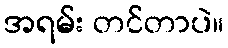
အရမ်း တင်တာပဲ။